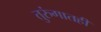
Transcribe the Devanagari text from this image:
तुरुंगातही